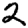
Digit: 2